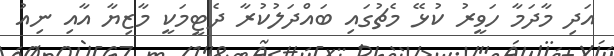
އަދި މާދަމާ ހަވީރު ކުޅޭ މެޗުގައި ބައްދަލުކުރާ ދެޓީމަކީ މާޒިޔާ އާއި ނިއު